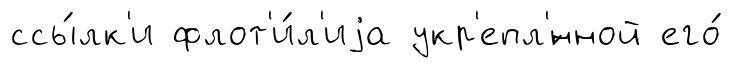
ссы́лк'и флот'и́л'иjа укр'епл'́нной его́